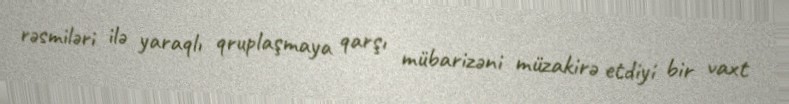
rəsmiləri ilə yaraqlı qruplaşmaya qarşı mübarizəni müzakirə etdiyi bir vaxt